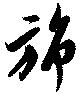
旆